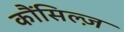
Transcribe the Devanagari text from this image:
कौंसिल्‍ज़